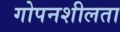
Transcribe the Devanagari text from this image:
गोपनशीलता